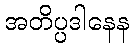
အတိပ္ပဒါနေန